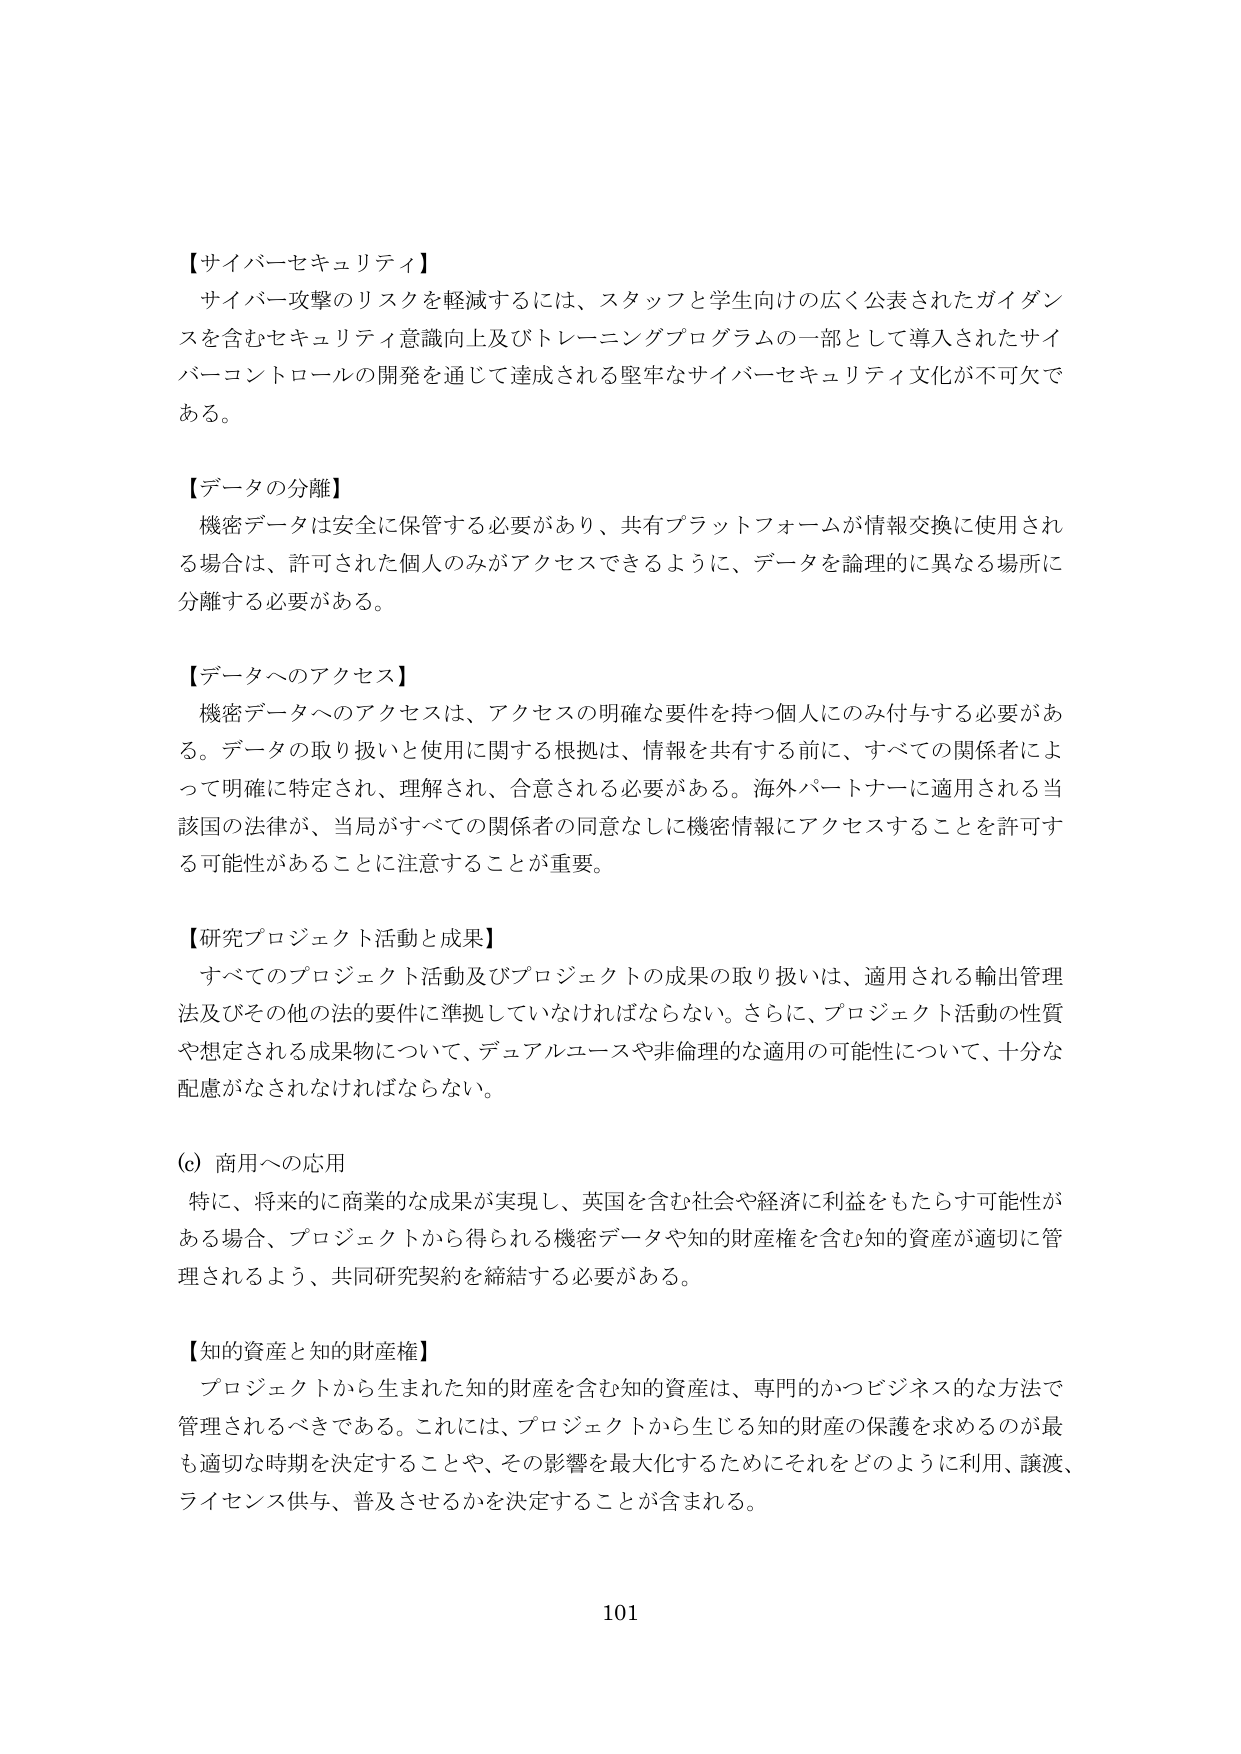
【サイバーセキュリティ】
サイバー攻撃のリスクを軽減するには、スタッフと学生向けの広く公表されたガイダンスを含むセキュリティ意識向上及びトレーニングプログラムの一部として導入されたサイバーコントロールの開発を通じて達成される堅牢なサイバーセキュリティ文化が不可欠である。

【データの分離】
機密データは安全に保管する必要があり、共有プラットフォームが情報交換に使用される場合は、許可された個人のみがアクセスできるように、データを論理的に異なる場所に分離する必要がある。

【データへのアクセス】
機密データへのアクセスは、アクセスの明確な要件を持つ個人にのみ付与する必要がある。データの取り扱いと使用に関する根拠は、情報を共有する前に、すべての関係者によって明確に特定され、理解され、合意される必要がある。海外パートナーに適用される当該国の法律が、当局がすべての関係者の同意なしに機密情報にアクセスすることを許可する可能性があることに注意することが重要。

【研究プロジェクト活動と成果】
すべてのプロジェクト活動及びプロジェクトの成果の取り扱いは、適用される輸出管理法及びその他の法的要件に準拠していなければならない。さらに、プロジェクト活動の性質や想定される成果物について、デュアルユースや非倫理的な適用の可能性について、十分な配慮がなされなければならない。

(c) 商用への応用
特に、将来的に商業的な成果が実現し、英国を含む社会や経済に利益をもたらす可能性がある場合、プロジェクトから得られる機密データや知的財産権を含む知的資産が適切に管理されるよう、共同研究契約を締結する必要がある。

【知的資産と知的財産権】
プロジェクトから生まれた知的財産を含む知的資産は、専門的かつビジネス的な方法で管理されるべきである。これには、プロジェクトから生じる知的財産の保護を求めるのが最も適切な時期を決定することや、その影響を最大化するためにそれをどのように利用、譲渡、ライセンス供与、普及させるかを決定することが含まれる。

101